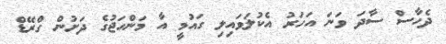
ދެހާސް ސާދަ ވަނަ އަހަރު އެކުލަވައިލި ގައުމީ އާ މަންހަޖުގެ ދަށުން ގްރޭޑް